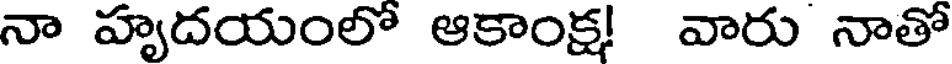
నా హృదయంలో ఆకాంక్ష! వారు నాతో